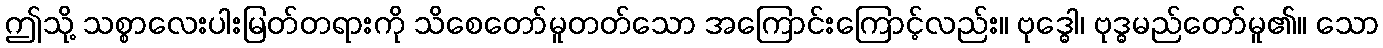
ဤသို့ သစ္စာလေးပါးမြတ်တရားကို သိစေတော်မူတတ်သော အကြောင်းကြောင့်လည်း။ ဗုဒ္ဓေါ၊ ဗုဒ္ဓမည်တော်မူ၏။ သော